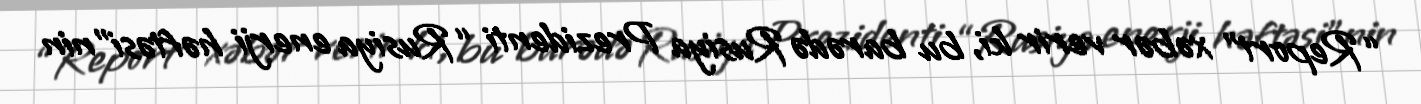
“Report” xəbər verir ki, bu barədə Rusiya Prezidenti “Rusiya enerji həftəsi”nin